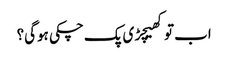
اب توکھیچڑی پک چکی ہوگی؟